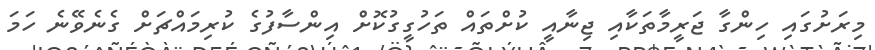
މިރަށުގައި ހިންގާ ޖަރީމާތަކާއި ޖިނާއީ ކުށްތައް ތަހުގީގުކޮށް އިންސާފުގެ ކުރިމައްޗަށް ގެނެވޭނެ ހަމަ